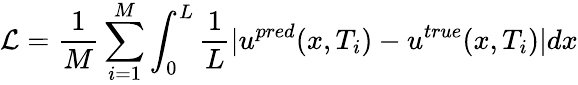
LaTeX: \mathcal{L}=\frac{1}{M}\sum_{i=1}^{M}\int_{0}^{L}\frac{1}{L}|u^{pred}(x,T_{i})-u^{true}(x,T_{i})|dx